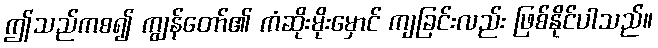
ဤသည်ကစ၍ ကျွန်တော်၏ ကံဆိုးမိုးမှောင် ကျခြင်းလည်း ဖြစ်နိုင်ပါသည်။